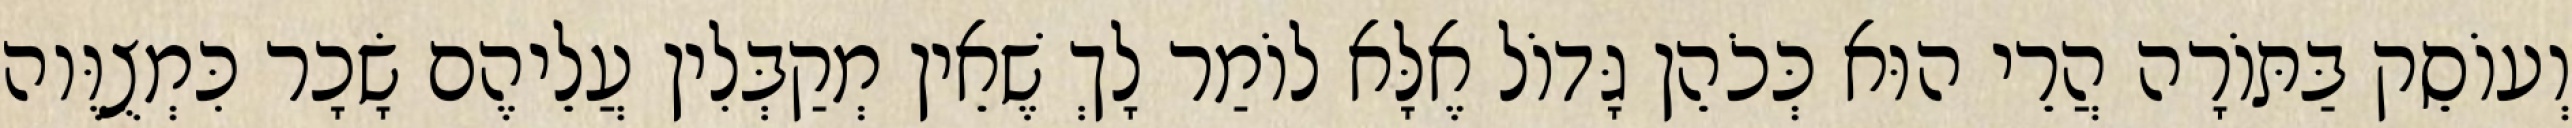
וְעוֹסֵק בַּתּוֹרָה הֲרֵי הוּא כְּכֹהֵן גָּדוֹל אֶלָּא לוֹמַר לָךְ שֶׁאֵין מְקַבְּלִין עֲלֵיהֶם שָׂכָר כִּמְצֻוֶּוה